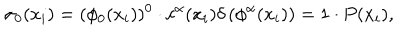
\sigma _ { 0 } ( x _ { i } ) = ( \phi _ { 0 } ( x _ { i } ) ) ^ { 0 } \cdot c ^ { \alpha } ( x _ { i } ) \delta \left( \phi ^ { \alpha } ( x _ { i } ) \right) = 1 \cdot P ( x _ { i } ) ,